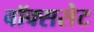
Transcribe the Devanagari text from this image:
बॉक्ससेट